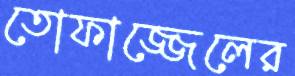
তোফাজ্জেলের